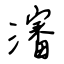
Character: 瀋